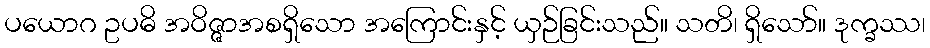
ပယောဂ ဥပဓိ အဝိဇ္ဇာအစရှိသော အကြောင်းနှင့် ယှဉ်ခြင်းသည်။ သတိ၊ ရှိသော်။ ဒုက္ခဿ၊